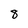
Character: 8